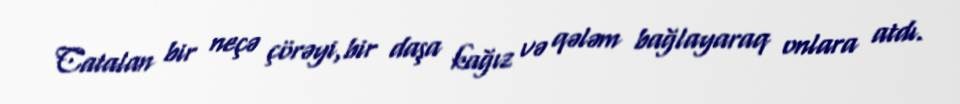
Catalan bir neçə çörəyi,bir daşa kağız və qələm bağlayaraq onlara atdı.